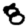
Digit: 8